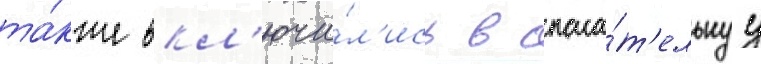
та́кже вкл'ючи́л'ись в спаса́т'ельнуу